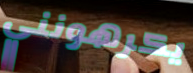
يكرهونني